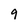
Character: 9